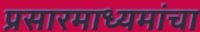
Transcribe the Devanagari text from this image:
प्रसारमाध्यमांचा